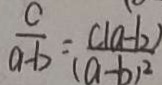
\frac { c } { a - b } = \frac { c ( a - b ) } { ( a - b ) ^ { 2 } }